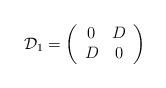
LaTeX: \begin{align*}{\cal D}_{1} = \left(\begin{array}{cc}0 & D\\D & 0\end{array}\right)\end{align*}